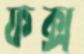
ফক্স